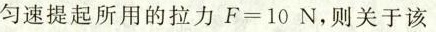
匀速提起所用的拉力$$F = 1 0$$ N，则关于该